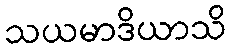
သယမာဒိယာသိ